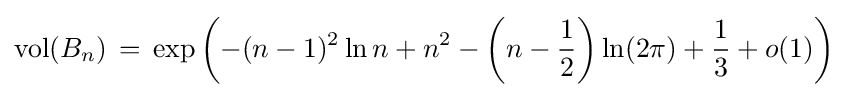
\mathop {\mathrm {vol} } (B_{n})\,=\,\exp \left(-(n-1)^{2}\ln n+n^{2}-\left(n-{\frac {1}{2}}\right)\ln(2\pi )+{\frac {1}{3}}+o(1)\right)